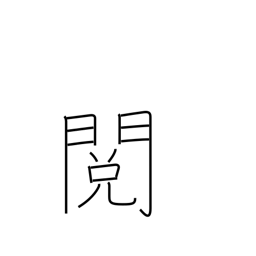
Meaning: revision